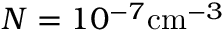
N = { 1 0 ^ { - 7 } } \mathrm { { c } } { \mathrm { { m } } ^ { - 3 } }